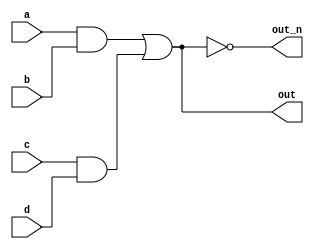
`default_nettype none
module top_module(
    input a,
    input b,
    input c,
    input d,
    output out,
    output out_n   ); 
    wire temp1;
    wire temp2;
    assign out = (a & b) | (c & d);
    assign out_n = ~((a & b) | (c & d));
endmodule